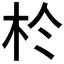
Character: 𪱸